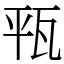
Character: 㼞